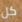
كل